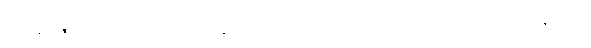
သိဝိရာဇကာလေ အဋ္ဌသတပ္ပဘေဒါပိ မရဏမာဂမ္မ အဓိပ္ပါယဂ္ဂဟဏဿ နဂ္ဂါတိ